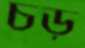
চড়